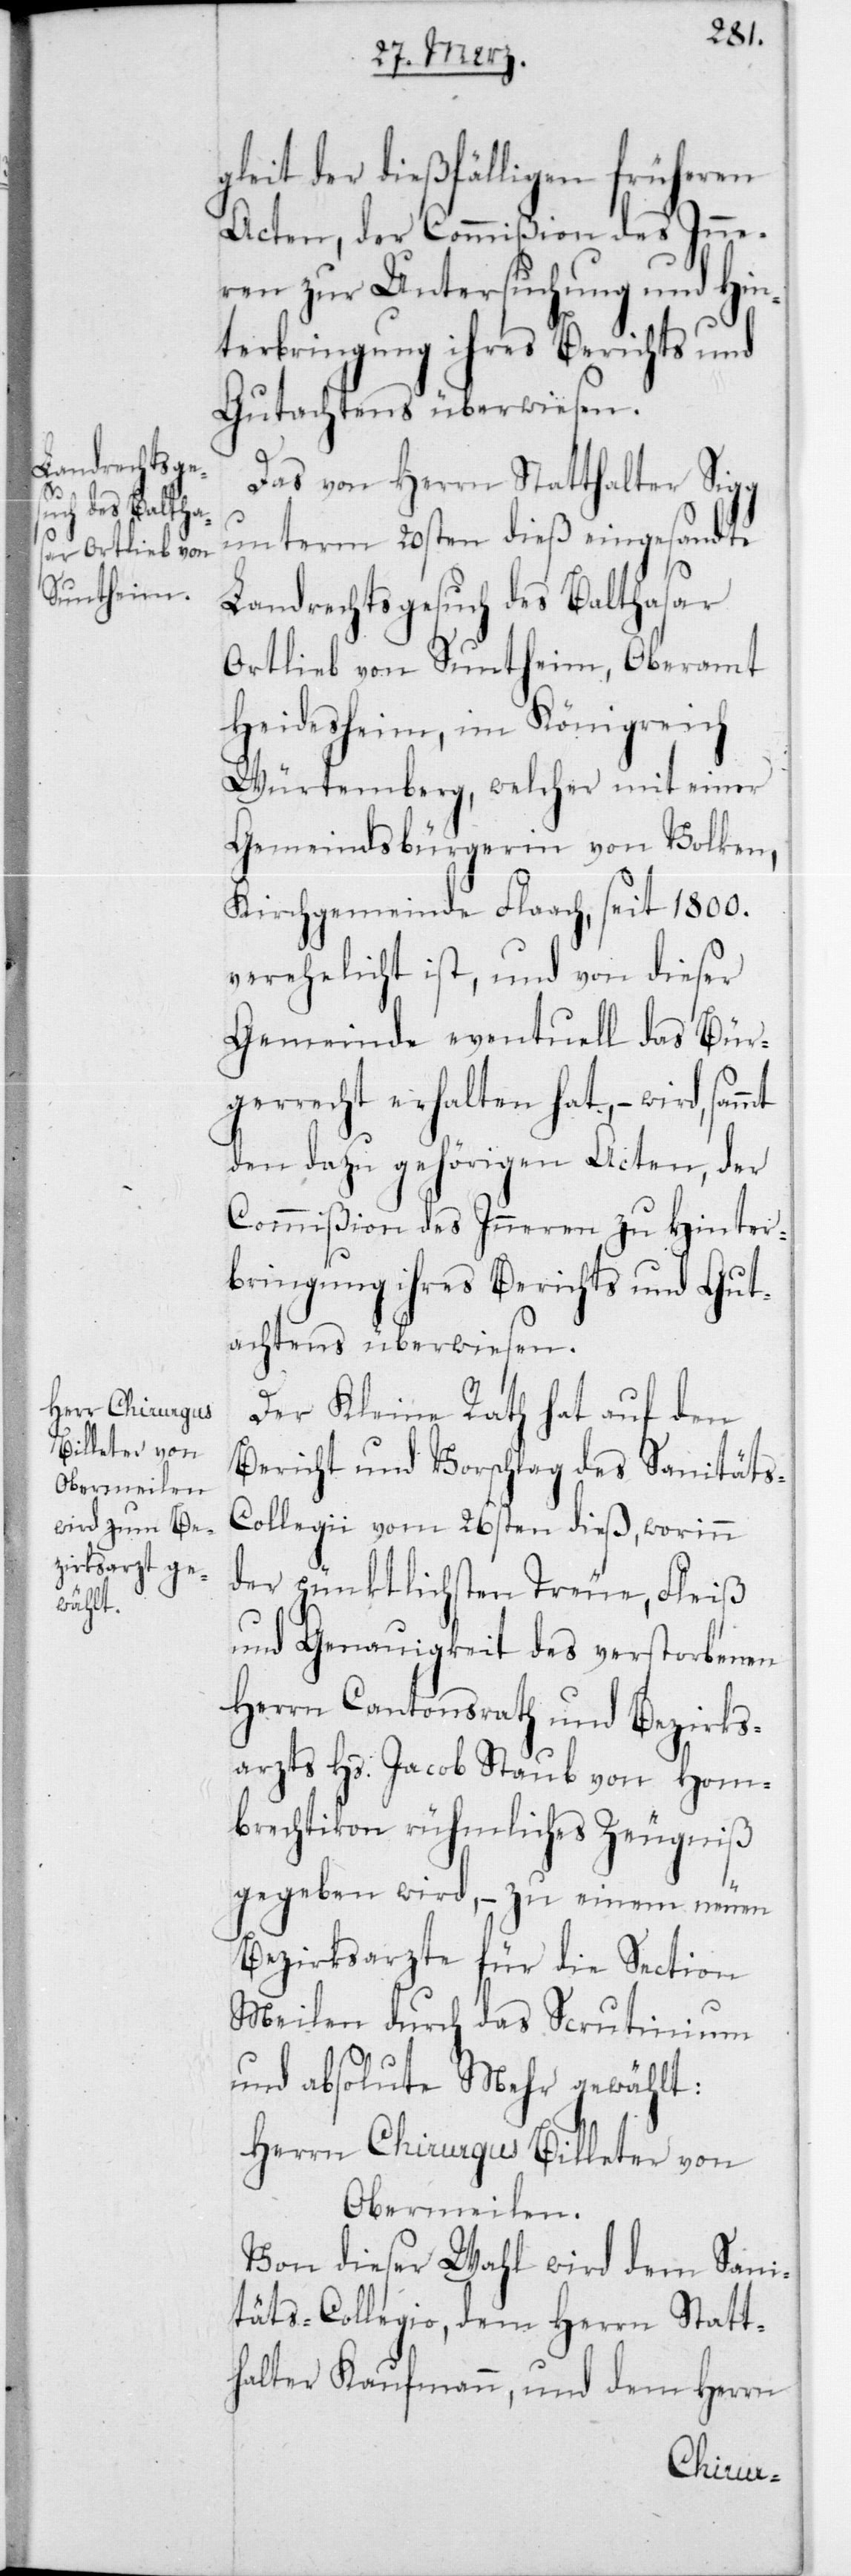
gleit der dießfälligen früheren
Acten, der Commißion des Inne¬
rn zur Untersuchung und Hin¬
terbringung ihres Berichts und
Gutachtens überwiesen.
Das von Herrn Statthalter Sigg
unterm 20sten dieß eingesandte
Landrechtsgesuch des Balthasar
Ortlieb von Suntheim, Oberamt
Heidesheim, im Königreich
Würtemberg, welcher mit einer
Gemeindsbürgerin von Volken,
Kirchgemeinde Flaach, seit 1800
verehelicht ist, und von dieser
Gemeinde eventuell das Bür¬
gerrecht erhalten hat, – wird, sammt
den dazu gehörigen Acten, der
Commißion des Innern zu Hinter¬
bringung ihres Berichts und Gut¬
achtens überwiesen.
Der Kleine Rath hat auf den
Bericht und Vorschlag des Sanität¬
s-Collegii vom 26sten dieß, worinn
der pünktlichsten Treue, Fleiß
und Genauigkeit des verstorbenen
Herrn Cantonsrath und Bezirks¬
arzts Hs. Jacob Staub von Hom¬
brechtikon rühmliches Zeugniß
gegeben wird, – zu einem neuen
Bezirksarzte für die Section
Meilen durch das Scrutinium
und absolute Mehr gewählt:
Herrn Chirurgus Billeter von
Obermeilen.
Von dieser Wahl wird dem Sani¬
täts-Collegio, dem Herrn Statt¬
halter Kaufmann, und dem Herrn